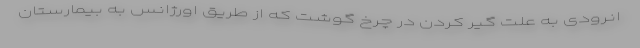
انرودی به علت گیر کردن در چرخ گوشت که از طریق اورژانس به بیمارستان